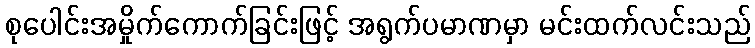
စုပေါင်းအမှိုက်ကောက်ခြင်းဖြင့် အရွက်ပမာဏမှာ မင်းထက်လင်းသည်